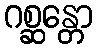
ဂစ္ဆန္တော